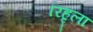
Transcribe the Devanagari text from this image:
रिहृला